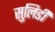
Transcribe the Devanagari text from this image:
सुलिडी